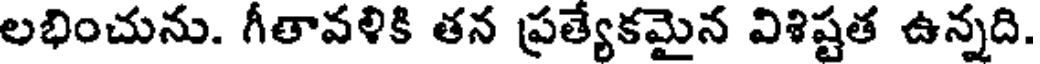
లభించును. గీతావళికి తన ప్రత్యేకమైన విశిష్టత ఉన్నది.